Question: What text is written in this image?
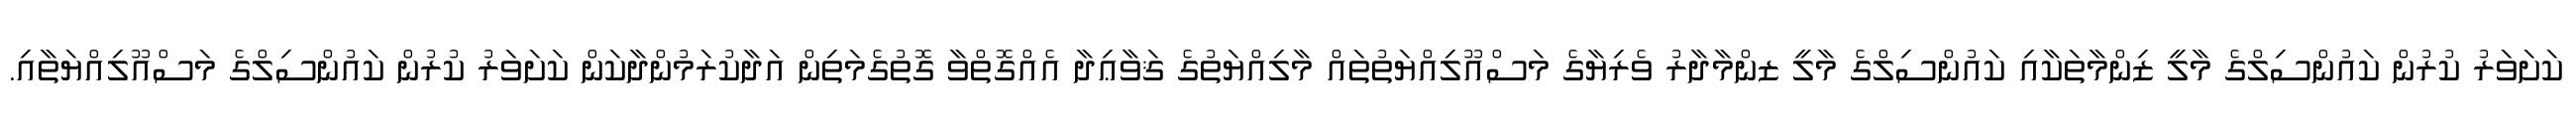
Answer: ކަށަވަރު ކުރުން ކައުންސިލްގެ މާލީ ޒިންމާތަކާއި ކައުންސިލްގެ މާލީ ޒންމާދާރު ވެރިޔާގެ މަސްއޫލިއްޔަތުތައް މާލިއްޔަތުގެ ޤަވާޢިދާ އެއްގޮތްވާ ގޮތުގެމަތިން އަދާކުރަމުންދާކަން ކަށަވަރު ކުރުން ކައުންސިލްގެ މަސްއޫލިއްޔަތާއި.